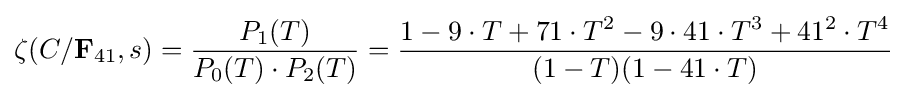
\zeta (C/{\bf {F}}_{41},s)={\frac {P_{1}(T)}{P_{0}(T)\cdot P_{2}(T)}}={\frac {1-9\cdot T+71\cdot T^{2}-9\cdot 41\cdot T^{3}+41^{2}\cdot T^{4}}{(1-T)(1-41\cdot T)}}